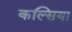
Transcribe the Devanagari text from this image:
कल्सिया